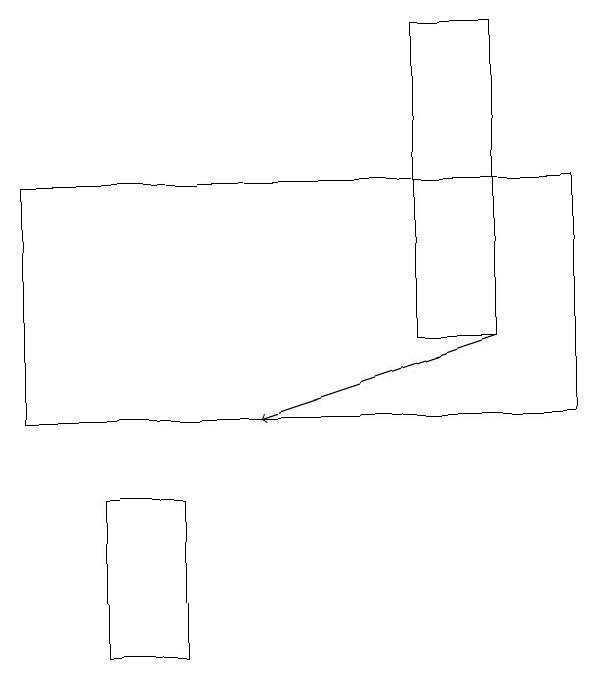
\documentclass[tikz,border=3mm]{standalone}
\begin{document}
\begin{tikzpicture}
\draw[->] (7,15) -- (4,14);
\draw (3,13) rectangle (2,11);
\draw (8,17) rectangle (1,14);
\draw (7,15) rectangle (6,19);
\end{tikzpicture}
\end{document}